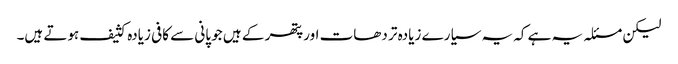
لیکن مسئلہ یہ ہے کہ یہ سیارے زیادہ تر دھات اور پتھر کے ہیں جو پانی سے کافی زیادہ کثیف ہوتے ہیں۔